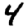
Digit: 4